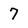
Character: 7